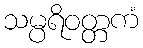
သမ္ပရိဝတ္တကံ